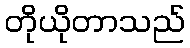
တိုယိုတာသည်